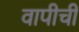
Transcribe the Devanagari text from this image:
वापीची